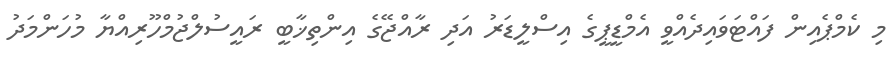
މި ކެމްޕެއިން ފައްޓަވައިދެއްވީ އެމްޑީޕީގެ އިސްލީޑަރު އަދި ރާއްޖޭގެ އިންތިޚާބީ ރައީސުލްޖުމްހޫރިއްޔާ މުހަންމަދު